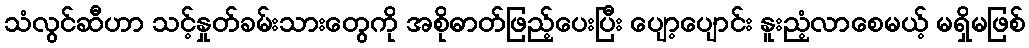
သံလွင်ဆီဟာ သင့်နှုတ်ခမ်းသားတွေကို အစိုဓာတ်ဖြည့်ပေးပြီး ပျော့ပျောင်း နူးညံ့လာစေမယ့် မရှိမဖြစ်